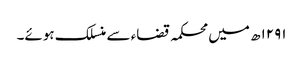
۱۲۹۱ھ میں محکمہ قضاء سے منسلک ہوئے۔